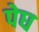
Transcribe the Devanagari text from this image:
पेघ